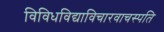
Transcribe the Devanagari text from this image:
विविधविद्याविचारवाचस्पति